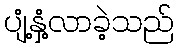
ပျံ့နှံ့လာခဲ့သည်